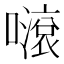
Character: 𡁺